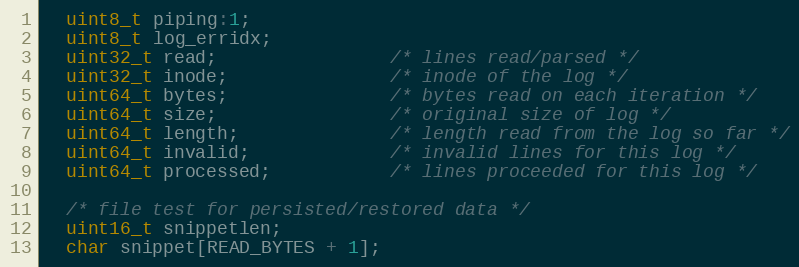
Language: C
  uint8_t piping:1;
  uint8_t log_erridx;
  uint32_t read;                /* lines read/parsed */
  uint32_t inode;               /* inode of the log */
  uint64_t bytes;               /* bytes read on each iteration */
  uint64_t size;                /* original size of log */
  uint64_t length;              /* length read from the log so far */
  uint64_t invalid;             /* invalid lines for this log */
  uint64_t processed;           /* lines proceeded for this log */

  /* file test for persisted/restored data */
  uint16_t snippetlen;
  char snippet[READ_BYTES + 1];